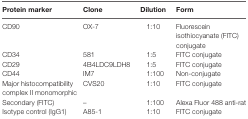
<table><thead><tr><td><b>Protein marker</b></td><td><b>Clone</b></td><td><b>Dilution</b></td><td><b>Form</b></td></tr></thead><tbody><tr><td>CD90</td><td>OX-7</td><td>1:10</td><td>Fluorescein isothiocyanate (FITC) conjugate</td></tr><tr><td>CD34</td><td>581</td><td>1:5</td><td>FITC conjugate</td></tr><tr><td>CD29</td><td>4B4LDC9LDH8</td><td>1:5</td><td>FITC conjugate</td></tr><tr><td>CD44</td><td>IM7</td><td>1:100</td><td>Non-conjugate</td></tr><tr><td>Major histocompatibility complex II monomorphic</td><td>CVS20</td><td>1:10</td><td>FITC conjugate</td></tr><tr><td>Secondary (FITC)</td><td>–</td><td>1:100</td><td>Alexa Fluor 488 anti-rat</td></tr><tr><td>Isotype control (IgG1)</td><td>A85-1</td><td>1:10</td><td>FITC conjugate</td></tr></tbody></table>